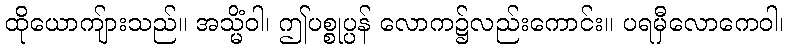
ထိုယောကျ်ားသည်။ အသ္မိံဝါ၊ ဤပစ္စုပ္ပန် လောက၌လည်းကောင်း။ ပရမှီလောကေဝါ၊